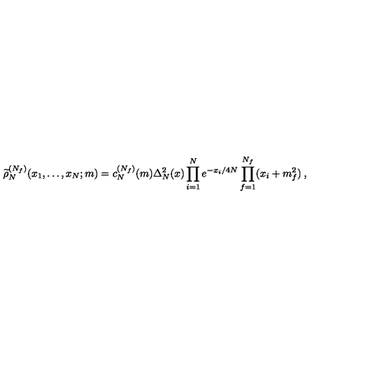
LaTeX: \widetilde \rho _ { N } ^ { ( N _ { f } ) } ( x _ { 1 } , \ldots , x _ { N } ; m ) = c _ { N } ^ { ( N _ { f } ) } ( m ) \Delta _ { N } ^ { 2 } ( x ) \prod _ { i = 1 } ^ { N } e ^ { - x _ { i } / 4 N } \prod _ { f = 1 } ^ { N _ { f } } ( x _ { i } + m _ { f } ^ { 2 } ) \: ,